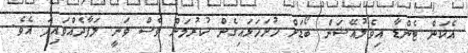
އެކަން ޓެންޑާ އިވެލުއޭޝަން ބޯޑަށް ހުށަހަޅައިގެން ކުރުމަށް ވެސް ވަނީ ލަފާދެއްވައިފަ އެވެ.